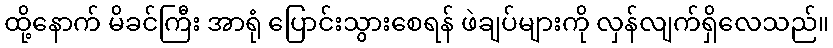
ထို့နောက် မိခင်ကြီး အာရုံ ပြောင်းသွားစေရန် ဖဲချပ်များကို လှန်လျက်ရှိလေသည်။